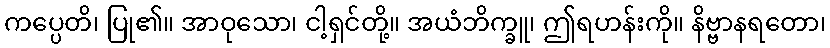
ကပ္ပေတိ၊ ပြု၏။ အာဝုသော၊ ငါ့ရှင်တို့။ အယံဘိက္ခူ၊ ဤရဟန်းကို။ နိဗ္ဗာနရတော၊